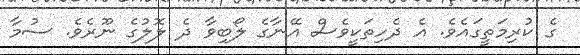
ގެ ކުރިމަތީގައެވެ. އެ ދެހިތަކީވެސް އޭނާގެ ލޯބިވާ ދެ ލޮލުގެ ނޫރެވެ. ސުމާ